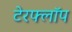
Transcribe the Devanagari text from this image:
टेरफ्लॉप